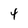
Character: 4